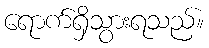
ရောက်ရှိသွားရသည်။